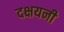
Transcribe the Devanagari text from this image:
दक्षयनी